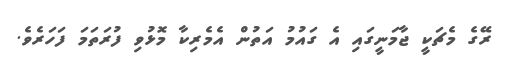
ރޭގެ މެޗަކީ ޖާމަނީގައި އެ ގައުމު އަތުން އެމެރިކާ މޮޅުވި ފުރަތަމަ ފަހަރެވެ.